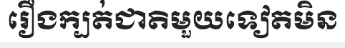
រឿងក្បត់ជាតិមួយទៀតមិន